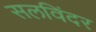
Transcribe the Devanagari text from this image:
सलविंदर